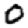
Digit: 0